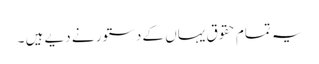
یہ تمام حقوق یہاں کے دستور نے دیے ہیں ۔